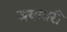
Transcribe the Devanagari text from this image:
जयावरी